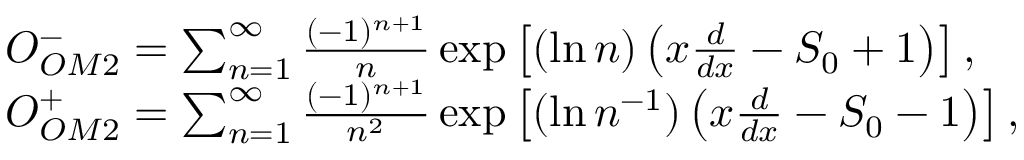
\begin{array} { r l } & { O _ { O M 2 } ^ { - } = \sum _ { n = 1 } ^ { \infty } \frac { ( - 1 ) ^ { n + 1 } } { n } \exp \left[ ( \ln n ) \left( x \frac { d } { d x } - S _ { 0 } + 1 \right) \right] , } \\ & { O _ { O M 2 } ^ { + } = \sum _ { n = 1 } ^ { \infty } \frac { ( - 1 ) ^ { n + 1 } } { n ^ { 2 } } \exp \left[ ( \ln n ^ { - 1 } ) \left( x \frac { d } { d x } - S _ { 0 } - 1 \right) \right] , } \end{array}